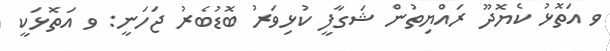
ވ އަތޮޅު ކެޔޮދޫ ރައްޔިތުން ޝަގާފީ ކުޅިވަރު ބޮޑުބެރު ޖަހަނީ: ވ އަތޮޅަކީ